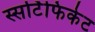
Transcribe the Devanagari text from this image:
स्सर्टिफिकेट